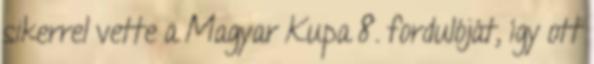
sikerrel vette a Magyar Kupa 8. fordulóját, így ott